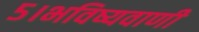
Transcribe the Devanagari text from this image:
५।भविष्यवाणी